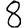
Digit: 8